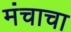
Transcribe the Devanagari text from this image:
मंचाचा